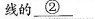
线的\underline{②}